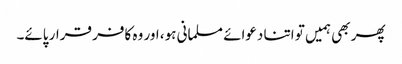
پھر بھی ہمیں تو اتنا دعوائے مسلمانی ہو، اور وہ کافر قرار پائے۔